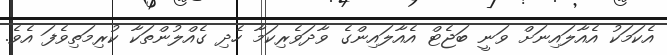
އެކަމަކު އެއާލައިނަށް ވަނީ ބަޖެޓް އެއާލައިންގެ ވާދަވެރިކަމާ ހެދި ގެއްލުންތަކާ ކުރިމަތިވެފަ އެވެ.